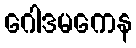
ဂေါဒမကေန